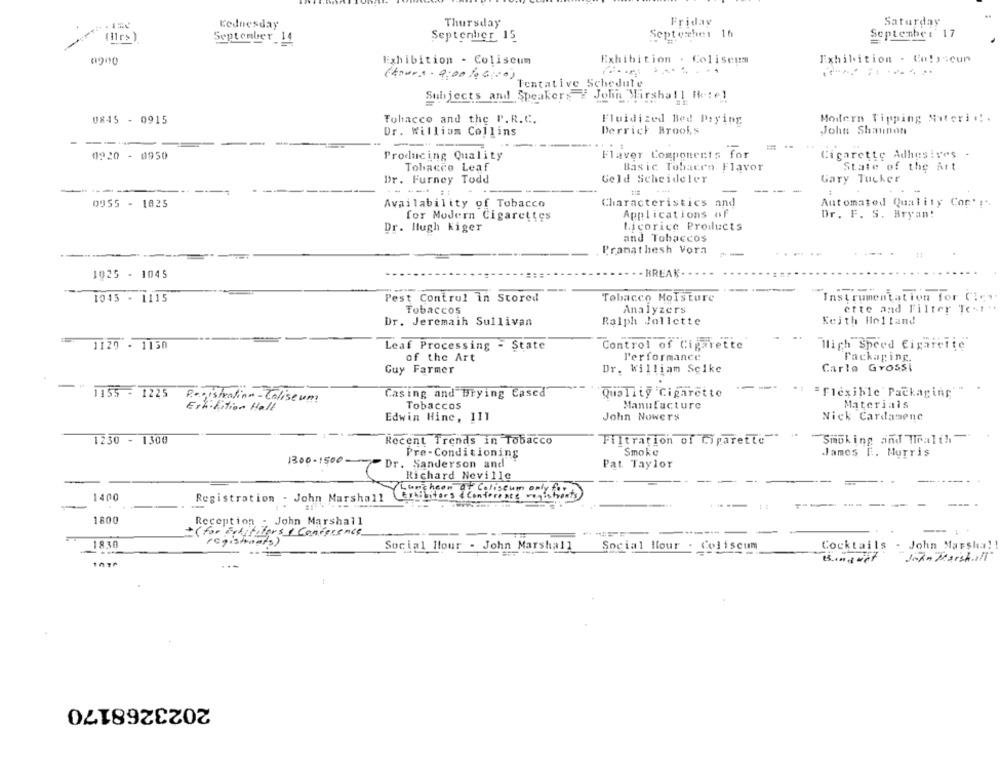
Lednesday
Thursday
Friday
Saturday
(Ilrs ).
September 15
Septesher 16
September 17
September_14
8900
Exhibition - Coliscum
Exhibition . Coliseum
Exhibition - Colascun
..
(hours - 9:00 10G:0)
Tentative Schedule
Subjects and Speakers # John Marshall Ik: el
UR45 - 0915
Tobacco and the P.R.C.
Fluidized Bed Paying
Modern Tipping Sateri :.
Derrick Broof,s
John Shannon
Dr. William Collins
= -
Flaver Components for
0920 - 0950
Producing Quality
Cigarette Adhesives .
Tobacco Leaf
Basic Tobacco Flavor
State of the Art
Dr. Furney Todd
Geld Scheideler
Gary Tucker
--
---.
. ...
0955 - 1025
Availability of Tobacco
Characteristics and
Automated Quality Cort!".
Applications of
Dr. F. S. Bryan!
for Modern Cigarettes
Dr. Hugh Kiger
Licorice Products
and Tobaccos
Pranathesh Vorn
--
----
1025 - 1045
. BREAK-
----
1045 - 1115
Pest Control in Stored
Tobacco Moisture
Instrumentation for Cicy-
Tobaccos
Analyzers
erte and Filter Text ..
Dr. Jeremain Sullivan
Ralph Jollette
Keith Holland
"High Speed Cigaictic'
1129 - 1150
Leaf Processing - State
Control of Cigarette
of the Art
Performance
Packaging.
Guy Farmer
Dr. William Scike
Carlo Grossi
- 1155 - 1225 Registration - Coll
Casing and Drying Cascd
Quality Cigarette
": "flexible Packaging
Registration- Coliseum
Eth.hition Hall
Tobaccos
Manufacture
Materials
Edwin Hine, 111
John Nowers
Nick Cardamenc
1230 - 1300
Recent Trends in Tobacco
Filtration of Cigarette
Smoking and Toal(h-
Smoke
Pre-Conditioning
James E. Morris
1300-1500-
Dr. Sanderson and
Pat Taylor
-
Richard Neville
----
1400
aference registrants
-
Registration . John Marshall
-
1800
Reception - John Marshall
(for exhibitors & Conference
-...
1830
Social Hour - John Marshall
Social lour . Coliscum
Cocktails - John Marsha !!
John Marshall
2023268170